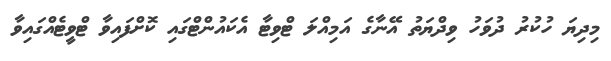
މިދިޔަ ހުކުރު ދުވަހު ވިދްޔަތު އޭނާގެ އަމިއްލަ ޓްވިޓާ އެކައުންޓްގައި ކޮށްފައިވާ ޓްވީޓެއްގައިވާ